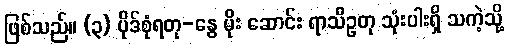
ဖြစ်သည်။ (၃) ပိုဒ်စုံရတု-နွေ မိုး ဆောင်း ရာသီဥတု သုံးပါးရှိ သကဲ့သို့